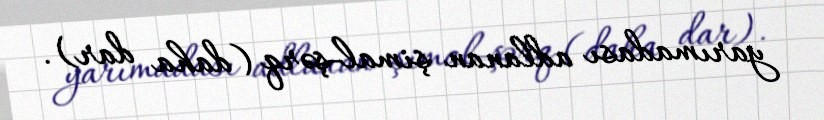
yarımadası adlanan şimal-şərq (daha dar).